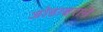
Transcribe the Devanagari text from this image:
जोडाक्षराने